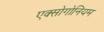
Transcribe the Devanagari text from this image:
एक्सोगोनियम